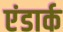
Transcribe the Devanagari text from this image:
एंडार्क